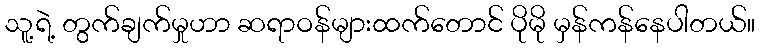
သူ့ရဲ့ တွက်ချက်မှုဟာ ဆရာဝန်များထက်တောင် ပိုမို မှန်ကန်နေပါတယ်။